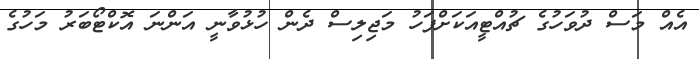
އެއް މަސް ދުވަހުގެ ޗުއްޓީއަކަށްފަހު މަޖިލިސް ދެން ހުޅުވާނީ އަންނަ އޮކްޓޯބަރު މަހުގެ